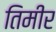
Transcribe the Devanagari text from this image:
तिमीर